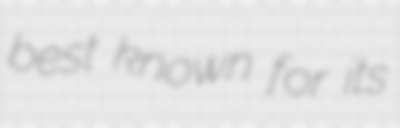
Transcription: best known for its